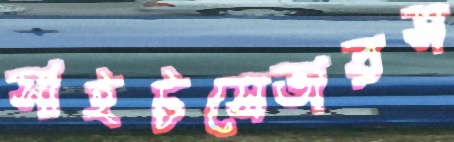
সাইটসেভারস